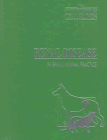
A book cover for Renal Disease in Small Animal Practice (Compendium Collection); Compendium Collection; Medical Books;